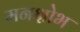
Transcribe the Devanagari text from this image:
मनक्षोभ